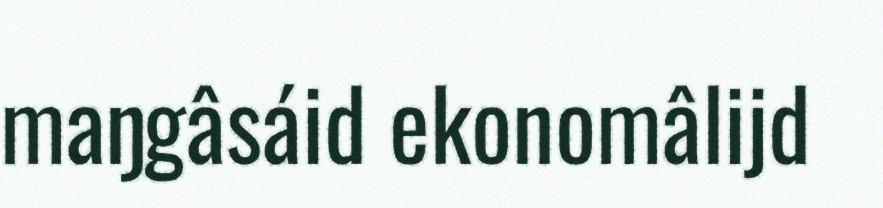
maŋgâsáid ekonomâlijd